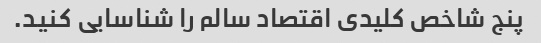
پنج شاخص کلیدی اقتصاد سالم را شناسایی کنید.